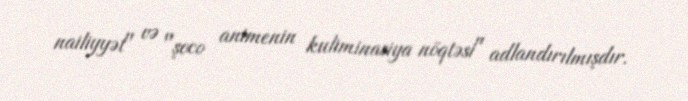
nailiyyət" və "şoco animenin kuliminasiya nöqtəsi" adlandırılmışdır.